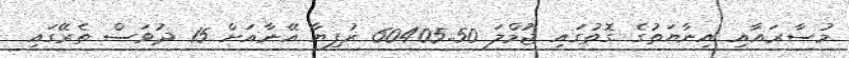
މުސާރައާއި އިނާޔަތުގެ ގޮތުގައި ޖުމްލަ 60405.50 ރުފިޔާ އޭނާއަށް 15 ދުވަސް ތެރޭގައި